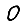
Digit: 0